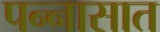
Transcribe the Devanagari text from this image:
पन्‍नासात